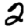
Digit: 2